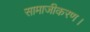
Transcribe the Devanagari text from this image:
सामाजीकरण।